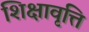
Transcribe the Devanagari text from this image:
शिक्षावृत्ति